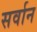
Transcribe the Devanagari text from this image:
सर्वान